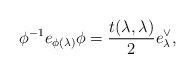
LaTeX: \begin{align*}\phi^{-1}e_{\phi(\lambda)}\phi=\frac{t(\lambda,\lambda)}{2}e_\lambda^\vee,\end{align*}